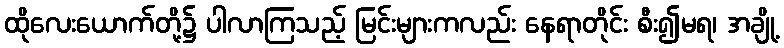
ထိုလေးယောက်တို့၌ ပါလာကြသည့် မြင်းများကလည်း နေရာတိုင်း စီး၍မရ၊ အချို့